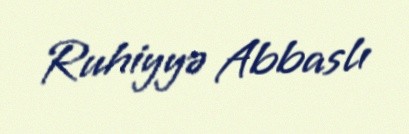
Ruhiyyə Abbaslı